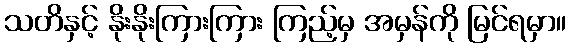
သတိနှင့် နိုးနိုးကြားကြား ကြည့်မှ အမှန်ကို မြင်ရမှာ။